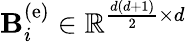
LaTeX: {\mathbf B}_{i}^{\left(\mathrm{e}\right)}\in\mathbb{R}^{\frac{d\left(d+1\right)}{2}\times d}